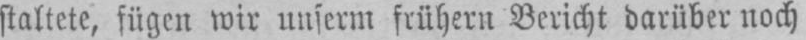
staltete, fügen wir unserm frühern Bericht darüber noch